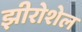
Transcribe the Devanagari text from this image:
झीरोशेल